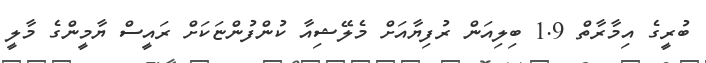
ބުރީގެ އިމާރާތް 1.9 ބިލިއަން ރުފިޔާއަށް މެލޭޝިއާ ކުންފުންޏަކަށް ރައީސް ޔާމީންގެ މާލީ